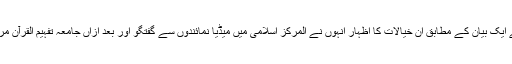
جماعت اسلامی خیبر پختونخوا کے میڈیا سیل سے جاری کئے گئے ایک بیان کے مطابق ان خیالات کا اظہار انہوں نے المرکز اسلامی میں میڈیا نمائندوں سے گفتگو اور بعد ازاں جامعہ تفہیم القرآن مردان میں ختم بخاری شریف کی تقریب سے خطاب کرتے ہوئے کیا۔